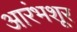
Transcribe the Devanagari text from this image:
आरंभशूर